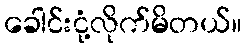
ခေါင်းငုံ့လိုက်မိတယ်။